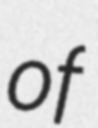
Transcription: of